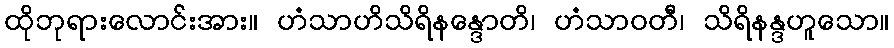
ထိုဘုရားလောင်းအား။ ဟံသာဟိသိရိနန္ဒောတိ၊ ဟံသာဝတီ၊ သိရိနန္ဒဟူသော။